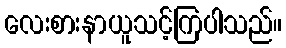
လေးစားနာယူသင့်ကြပါသည်။